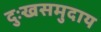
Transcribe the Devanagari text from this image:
दुःखसमुदाय